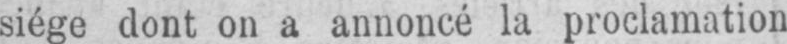
siége dont on a annoncé la proclamation